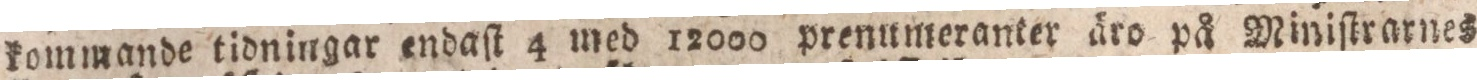
kommande tidningar endaſt 4 med 12000 prenumeranter äro på Miniſtrarnes